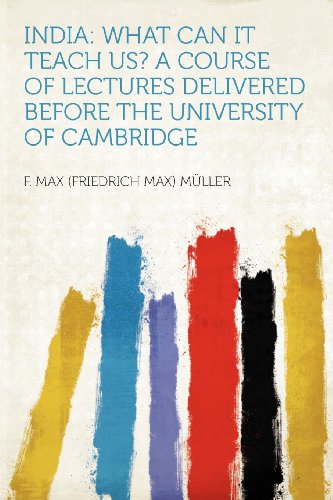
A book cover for India: What Can It Teach Us? a Course of Lectures Delivered Before the University of Cambridge; F. Max (Friedrich Max) MÃ¼ller; History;